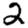
Digit: 2